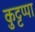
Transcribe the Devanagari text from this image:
कुट्टप्पा